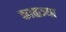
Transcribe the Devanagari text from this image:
काळज्या